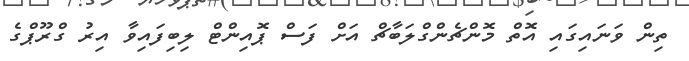
ތިން ވަނައިގައި އޮތް މޮންޗެންގްލަބާޗް އަށް ފަސް ޕޮއިންޓް ލިބިފައިވާ އިރު ގްރޫޕްގެ